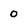
Character: 0